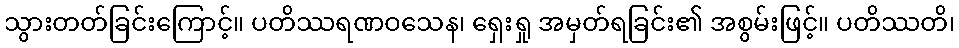
သွားတတ်ခြင်းကြောင့်။ ပတိဿရဏဝသေန၊ ရှေးရှု အမှတ်ရခြင်း၏ အစွမ်းဖြင့်။ ပတိဿတိ၊